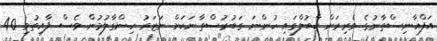
އަފްޣާނިސްތާނުގެ ވެރިރަށް ކާބުލްގައި ހުންނަ ގަބުރުސްތާނަކަށް ނަޒަރު ހިންގާލުމުން ވެސް ފާއިތުވި 40